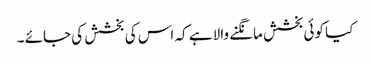
کیا کوئی بخشش مانگنے والا ہے کہ اس کی بخشش کی جائے ۔